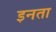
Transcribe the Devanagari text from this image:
इनता